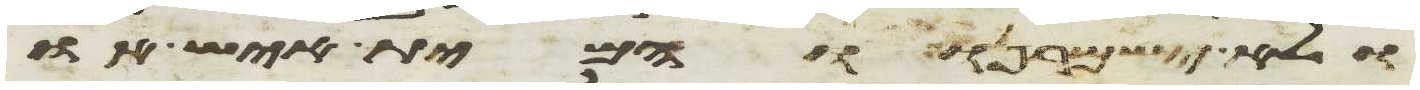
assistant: ולא ישמרנו והמית איש או